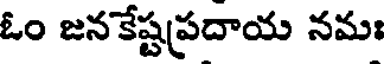
ఓం జనకేష్టప్రదాయ నమః